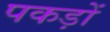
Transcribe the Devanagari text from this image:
पकड़ों